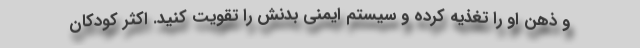
و ذهن او را تغذیه کرده و سیستم ایمنی بدنش را تقویت کنید. اکثر کودکان